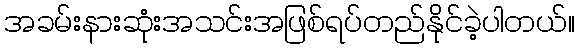
အခမ်းနားဆုံးအသင်းအဖြစ်ရပ်တည်နိုင်ခဲ့ပါတယ်။